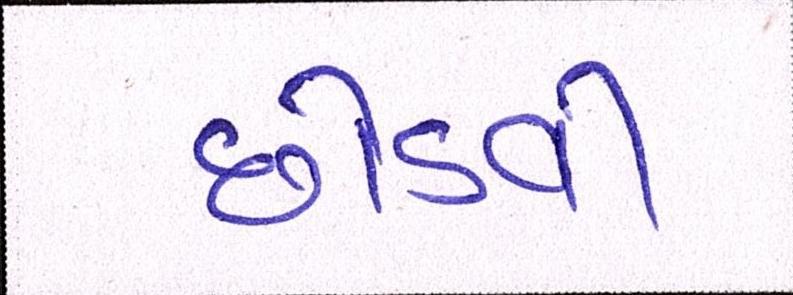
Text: છોડવી